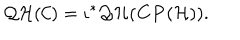
{ \cal Q H } ( { \cal C } ) = \iota ^ { * } { \cal Q H } ( { \bf C P } ( { \cal H } ) ) .